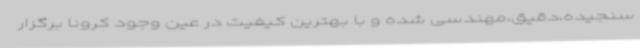
سنجیده،دقیق،مهندسی شده و با بهترین کیفیت در عین وجود کرونا برگزار